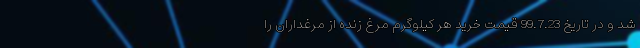
شد و در تاریخ 99.7.23 قیمت خرید هر کیلوگرم مرغ زنده از مرغداران را